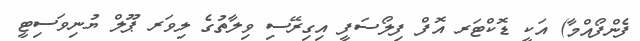
ފެންފޯއްމާ) އަކީ ޑޮކްޓަރ އޮފް ފިލޯސަފީ އިގިރޭސި ވިލާތުގެ ލިވަރ ޕޫލް ޔުނިވަސިޓީ